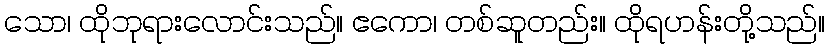
သော၊ ထိုဘုရားလောင်းသည်။ ဧကော၊ တစ်ဆူတည်း။ ထိုရဟန်းတို့သည်။